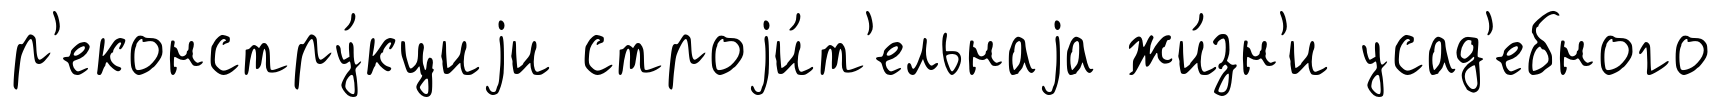
р'еконстру́кциjи строjи́т'ельнаjа жи́зн'и усад'ебного